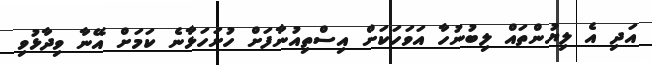
އަދި އެ ލިޔުންތައް ލިބުނުހާ އަވަހަކަށް އިސްތިއުނާފަށް ހުށަހަޅާނެ ކަމަށް އޭނާ ވިދާޅުވި